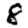
Digit: 8